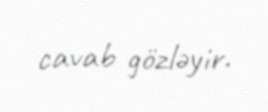
cavab gözləyir.